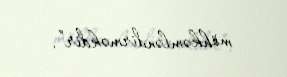
möhkəmləndirməkdir”.